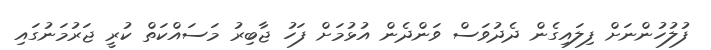
ފުލުހުންނަށް ފިލައިގެން ދެދުވަސް ވަންދެން އުޅުމަށް ފަހު ޖާބިރު މަސައްކަތް ކުރީ ޖަރުމަނުގައި